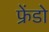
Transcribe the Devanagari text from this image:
फ्रेंडो